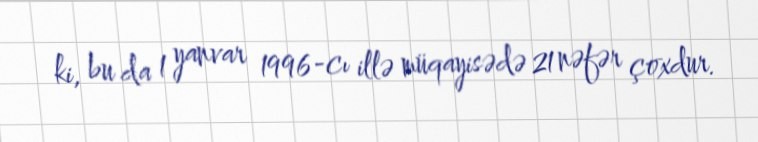
ki, bu da 1 yanvar 1996-cı illə müqayisədə 21 nəfər çoxdur.